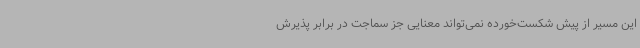
این مسیر از پیش شکست‌خورده نمی‌تواند معنایی جز سماجت در برابر پذیرش